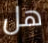
هل